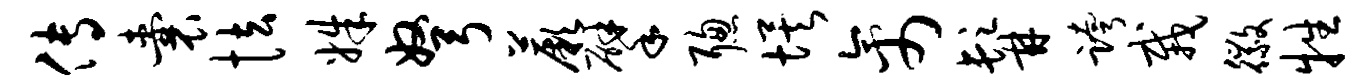
传囊怯姝弩蕨擘聪埃禽髯跨栽徽牲